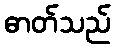
ဓာတ်သည်